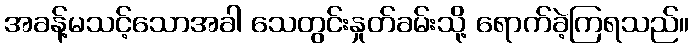
အခန့်မသင့်သောအခါ သေတွင်းနှုတ်ခမ်းသို့ ရောက်ခဲ့ကြရသည်။